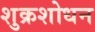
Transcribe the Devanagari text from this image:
शुक्रशोधन